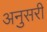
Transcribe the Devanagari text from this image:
अनुसरी